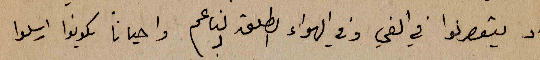
او يتعصرنوا في الفي وفي الهواء الطلق الناعم واحيانا يكونوا ارسلوا